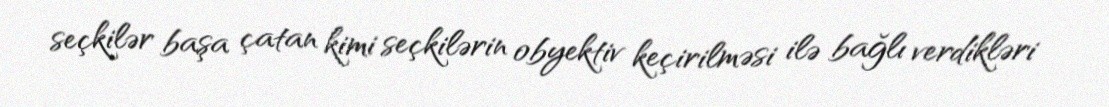
seçkilər başa çatan kimi seçkilərin obyektiv keçirilməsi ilə bağlı verdikləri